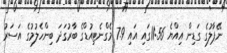
ނޭޕާލުގެ ގަޑިން އިއްޔެ 11:56ގައި އައި 7.9 މެގްނެޓިއުޑްގެ ބާރުގަދަ ބިންހެލުމުގެ އަސަރު